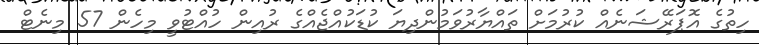
ހިތުގެ އޮޕަރޭޝަނެއް ކުރުމަށް ތައްޔާރުވަމުންދިޔަ ކުޑަކުއްޖެއްގެ ރުއިން ހުއްޓުވީ މިހެން 57 މިނެޓް